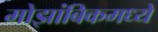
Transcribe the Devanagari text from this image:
मोझांबिकमध्ये